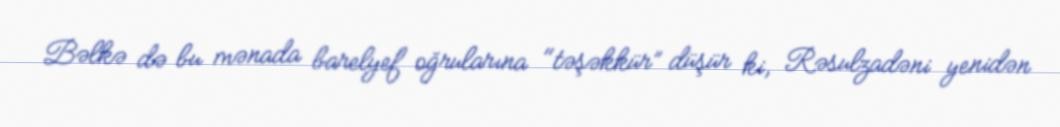
Bəlkə də bu mənada barelyef oğrularına "təşəkkür” düşür ki, Rəsulzadəni yenidən